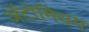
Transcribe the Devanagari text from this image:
अॅटोमियम